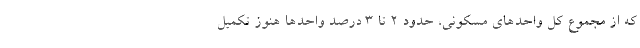
که از مجموع کل واحدهای مسکونی، حدود ۲ تا ۳ درصد واحدها هنوز تکمیل